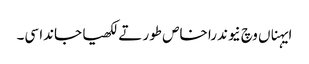
ایہناں وچ نیوندرا خاص طور تے لکھیا جاندا سی۔